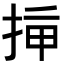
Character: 𢭡